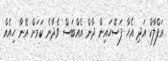
އަފްލާކް އަދި އެހާ ފަސޭހައިން ދާން އެއްބަސް ވެދާނެ ކަމަށް އޭނާ ހިއެއް